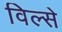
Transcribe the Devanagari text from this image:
विल्से